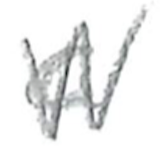
Text: a
Cross-out: zig-zag
Writing tool: pencil